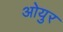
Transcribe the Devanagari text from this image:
ओयुर